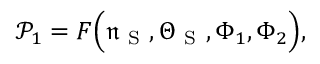
\mathcal { P } _ { 1 } = F \Big ( \mathfrak { n } _ { \mathrm { ~ S ~ } } , { \Theta } _ { \mathrm { ~ S ~ } } , \Phi _ { 1 } , \Phi _ { 2 } \Big ) ,